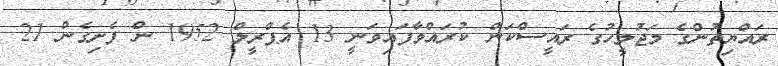
ރައްޔިތުންގެ މަޖުލީހުގެ ރައީސްކަން ކުރައްވާފައިވަނީ 13 އެޕްރީލް 1952 ން ފެށިގެން 21